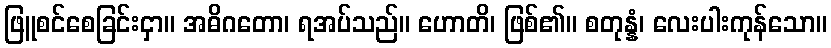
ဖြူစင်စေခြင်းငှာ။ အဓိဂတော၊ ရအပ်သည်။ ဟောတိ၊ ဖြစ်၏။ စတုန္နံ၊ လေးပါးကုန်သော။